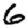
Digit: 6